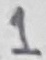
Text: 1